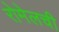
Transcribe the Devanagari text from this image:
रोमेलची